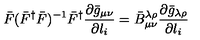
\bar { F } ( \bar { F } ^ { \dag } \bar { F } ) ^ { - 1 } \bar { F } ^ { \dag } \frac { \partial \bar { g } _ { \mu \nu } } { \partial l _ { i } } = \bar { B } _ { \mu \nu } ^ { \lambda \rho } \frac { \partial \bar { g } _ { \lambda \rho } } { \partial l _ { i } }